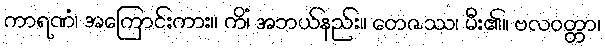
ကာရဏံ၊ အကြောင်းကား။ ကိံ၊ အဘယ်နည်း။ တေဇဿ၊ မီး၏။ ဗလဝတ္တာ၊